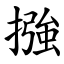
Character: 摾